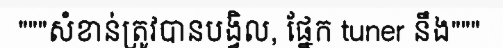
"""សំខាន់ត្រូវបានបង្វិល, ផ្នែក tuner នឹង"""